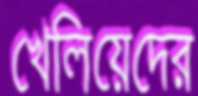
খেলিয়েদের